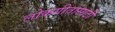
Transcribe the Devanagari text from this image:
लोकगीतांसाठी